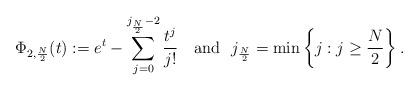
LaTeX: \begin{align*} \Phi_{2 ,\frac{N}{2}}(t) := e^t - \displaystyle{\sum_{j = 0}^{j_{\frac{N}{2}} - 2} \frac{t^j}{j !}} \ \ \ \mbox{and} \ \ j_{\frac{N}{2}} = \min \left\{j : j \geq \frac{N}{2}\right\}. \end{align*}